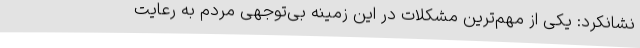
نشانکرد: یکی از مهم‌ترین مشکلات در این زمینه بی‌توجهی مردم به رعایت